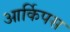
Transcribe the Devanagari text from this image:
आर्किपस